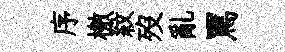
序檄紋歿亂罵